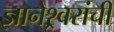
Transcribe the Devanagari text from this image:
ज्ञानेश्र्वरांची